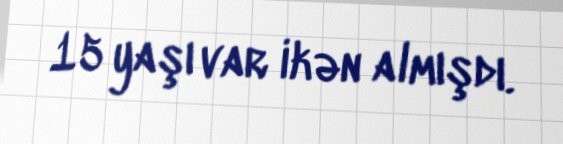
15 yaşı var ikən almışdı.